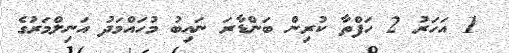
1 އަހަރު 2 ހަފްތާ ކުރިން ބަންޑާރަ ނައިބު މުހައްމަދު އަނިލްމަރުގެ